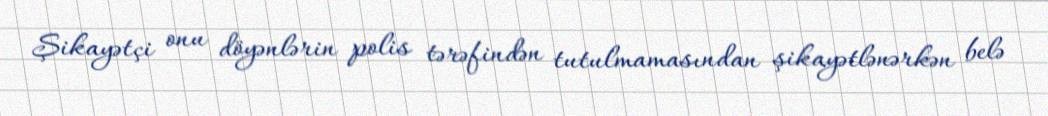
Şikayətçi onu döyənlərin polis tərəfindən tutulmamasından şikayətlənərkən belə